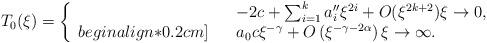
LaTeX: \begin{align*} T_0(\xi) = \left\{ \begin{array}{rcl} & & -2 c +\sum_{i=1}^k a_i'' \xi^{2i} + O(\xi^{2k+2}) \xi \to 0, \\begin{align*}0.2cm] & & a_0 c \xi^{-\gamma} + O\left( \xi^{-\gamma - 2\alpha}\right) \xi \to \infty. \end{array} \right.\end{align*}